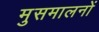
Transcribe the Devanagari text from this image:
मुसमालनों